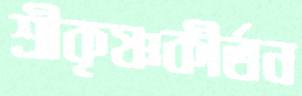
শ্রীকৃষ্ণকীর্তন